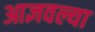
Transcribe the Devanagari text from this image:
आज्ञवल्या